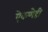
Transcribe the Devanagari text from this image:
ऐकणेही